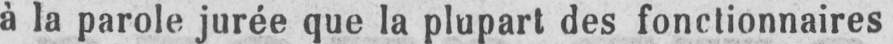
à la parole jurée que la plupart des fonctionnaires